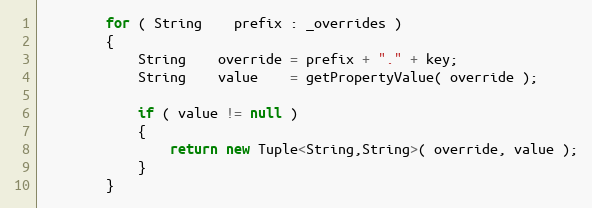
Language: Java
        for ( String    prefix : _overrides )
        {
            String    override = prefix + "." + key;
            String    value    = getPropertyValue( override );

            if ( value != null )
            {
                return new Tuple<String,String>( override, value );
            }
        }